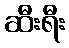
ဆီးရီး